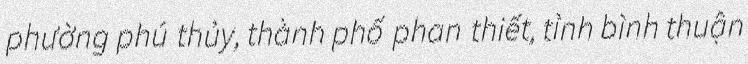
phường phú thủy, thành phố phan thiết, tỉnh bình thuận